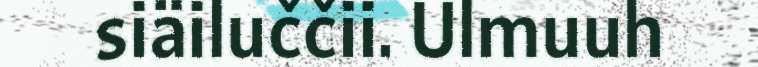
siäiluččii. Ulmuuh